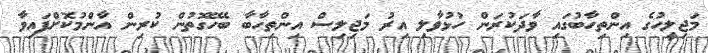
މަޖިލީހުގެ އިންތިހާބުގައި ވާދަކުރަން ހުޅުވާލި އިރު މަޖިލިސް އިންތިހާބާ ބެހޭގޮތުން ކުރިން އާންމުކޮށްފައިވާ